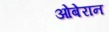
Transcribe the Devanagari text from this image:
ओबेरान